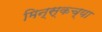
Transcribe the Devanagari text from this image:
मिन्स्कच्या